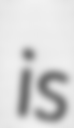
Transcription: is